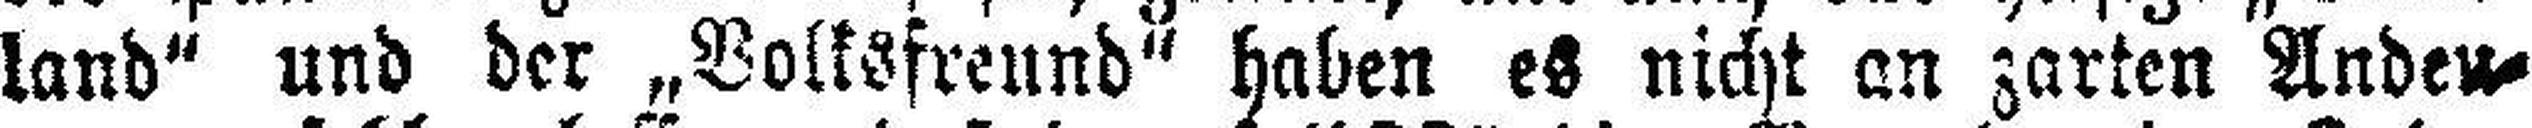
land“ und der „Volksfreund“ haben es nicht an zarten Andeu¬